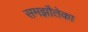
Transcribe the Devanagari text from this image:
समझौतेका